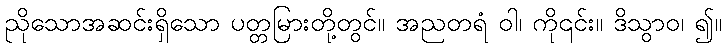
ညိုသောအဆင်းရှိသော ပတ္တမြားတို့တွင်။ အညတရံ ဝါ၊ ကို၎င်း။ ဒိသွာဝ၊ ၍။